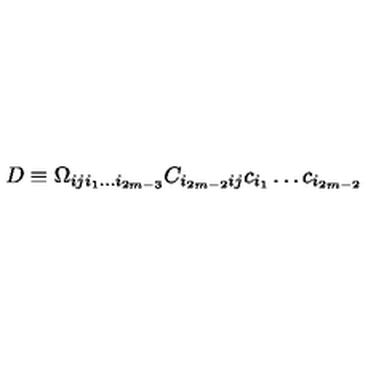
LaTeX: D \equiv \Omega _ { i j i _ { 1 } \dots i _ { 2 m - 3 } } C _ { i _ { 2 m - 2 } i j } c _ { i _ { 1 } } \dots c _ { i _ { 2 m - 2 } }